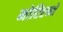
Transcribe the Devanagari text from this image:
मोरिएन्ते